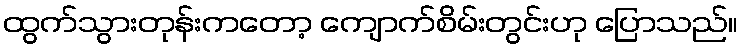
ထွက်သွားတုန်းကတော့ ကျောက်စိမ်းတွင်းဟု ပြောသည်။